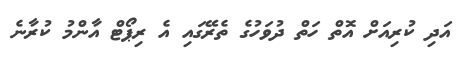
އަދި ކުރިއަށް އޮތް ހަތް ދުވަހުގެ ތެރޭގައި އެ ރިޕޯޓް އާންމު ކުރާނެ